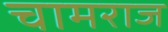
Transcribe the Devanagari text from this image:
चामराज